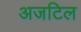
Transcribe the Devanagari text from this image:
अजटिल